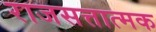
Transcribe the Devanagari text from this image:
राजसत्तात्मक